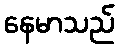
နေမာသည်